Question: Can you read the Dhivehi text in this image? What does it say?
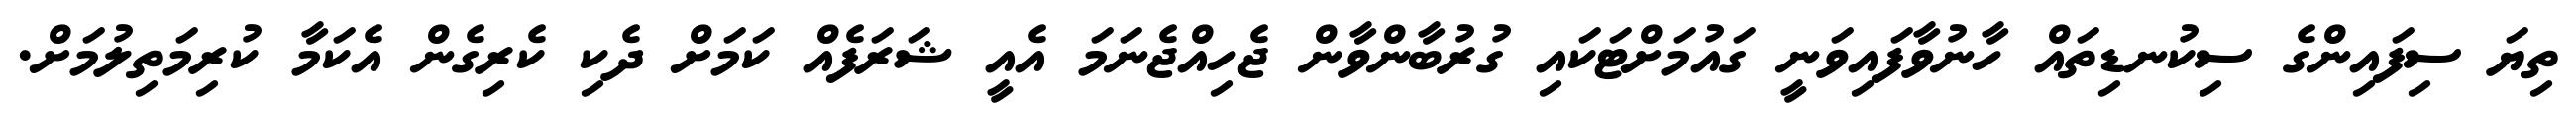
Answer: ތިޔަ ސިފައިންގެ ސިކުނޑިތައް ހާނުވާފައިވަނީ ގައުމަށްޓަކައި ގުރުބާންވާން ޖެހިއްޖެނަމަ އެއީ ޝަރަފެއް ކަމަށް ދެކި ކެރިގެން އެކަމާ ކުރިމަތިލުމަށް.